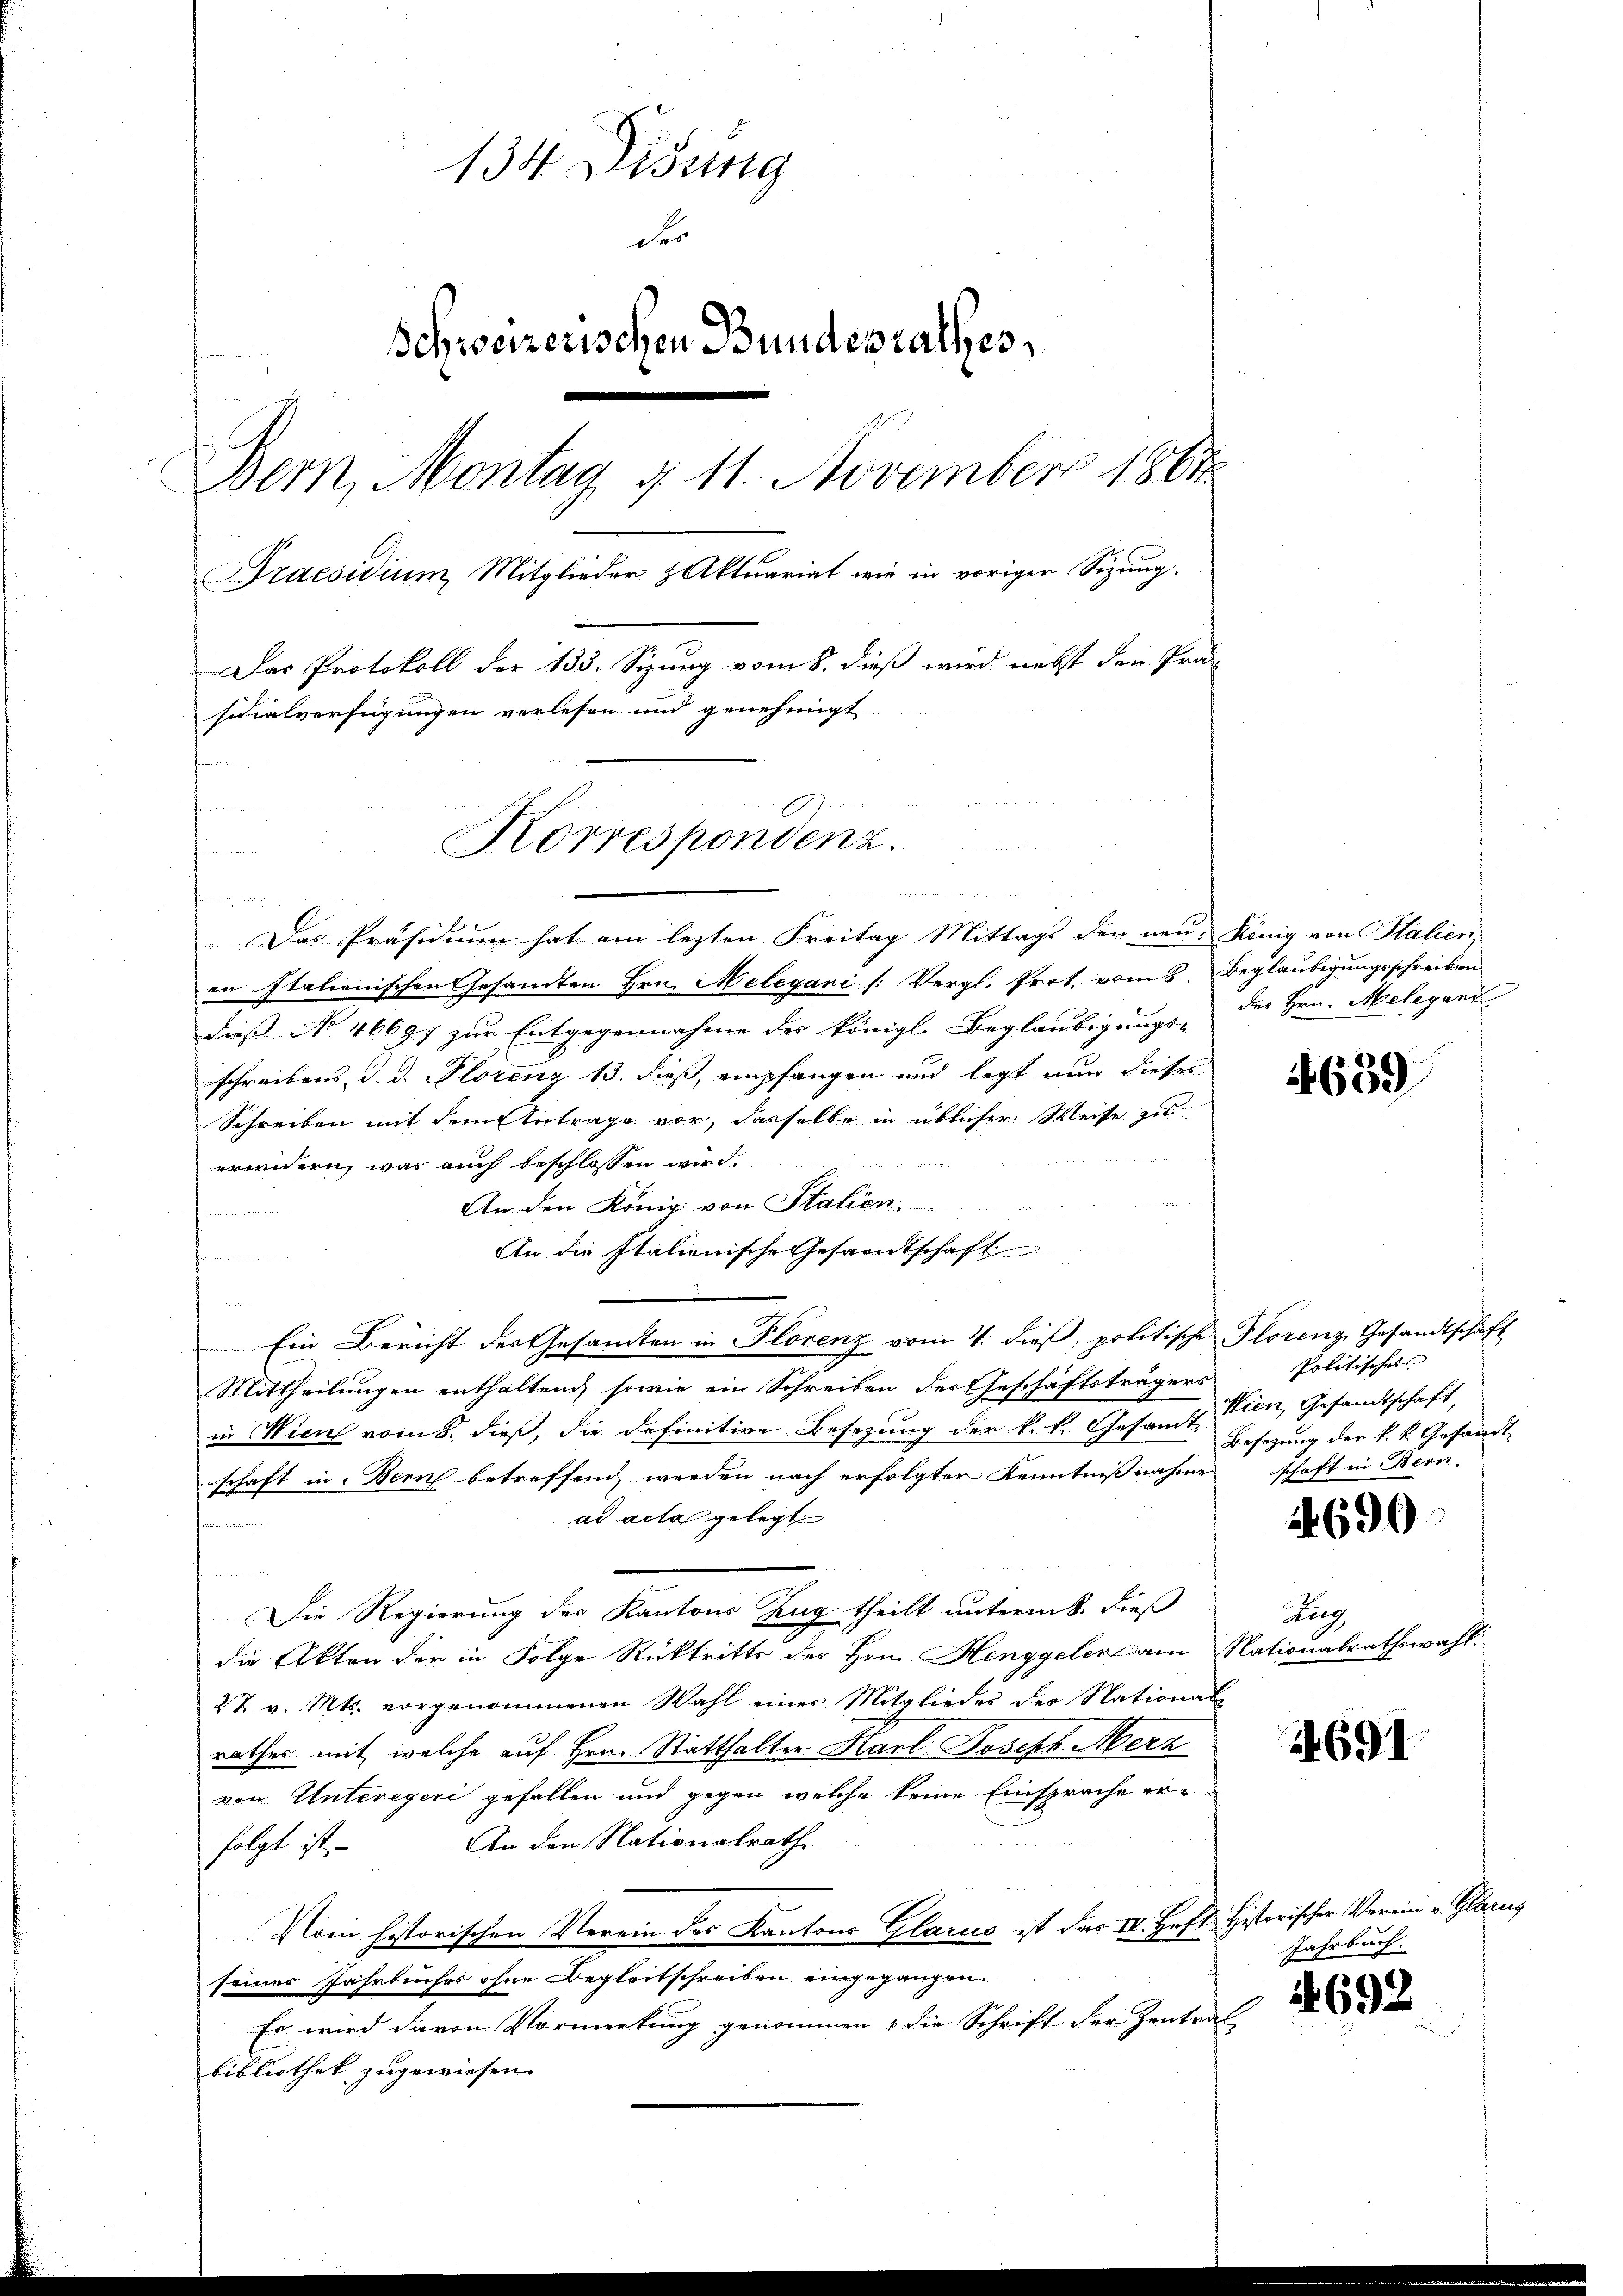
134. Disung
der
Schweizerischen Bundesrathes
Bern, Montag § 11. November 1861
Praesidium, Mitglieder Aktuariat wie in voriger Sizung.
Das Protokoll der 133. Sizung vom 8. dieß wird nebst den Prä-
sicialverfügungen verlesen und genehmigt

Korrespondenz.

u
Das Präsidium hat am lezten Freitag Mittags den neue König von Italien
en Italienischen Gesandten Hrn. Melegani (: Vergl. Prot. vom 8. Beglaubigungsschreiben
dieß No 46697 zur Entgegennahme des königl. Beglaubigungs- |
schreibens, d. d. Florenz 13. dieß, empfangen und legt nun dieses
Schreiben mit dem Antrage vor, dasselbe in üblicher Weise zu
erwidern, was auch beschlossen wird.

An den König von Stalien.
namen
An die Italionische Gesandtschaft
fammen.

Ein Bericht des Gesamten in Plorenz vom 4. dieß, politische Florenz Gesandtschaft
Mittheilungen enthaltend, sowie ein Schreiben des Geschäftsträgers
in Wien vom 8. dieß, die definitive Besetzung der k. k. Gesamt Wien, Gesandtschaft,
schaft in Bern betreffend werden nach erfolgter Kenntnißnahme schaft in Bern,
ad acta gelegt
Die Regierung der Kantons Zug theilt unterm 8. dieß
die Akten der in Folge Rücktritte des Hrn. Henggeler am Nationalrathswahl.
27 v. Mts. vorgenommenen Wahl einer Mitglieder der National-
rathes mit, welche auf Hrn. Statthalter Karl Joseph. Merz
von Unteregeri gefallen und gegen welche keine Einsprache er¬
An den Nationalrath
folgt ist.
Vom historischen Verein der Kantons Glarus ist das IV. Heft Historischer Verein v. Glarus
seines Jahrbuches ohne Begleitschreiben eingegangen.
Es wird davon Vormerkung genommen & die Schrift der Zentral
bibliothek zugewiesen.

des Hrn. Meleganz

659

Politisches
Besezung der k. k. Gesandt

24690

Lug

691

Jahrbuch.

692